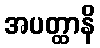
အပတ္ထာနိ